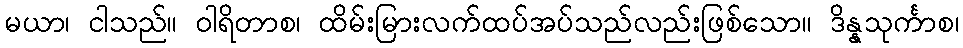
မယာ၊ ငါသည်။ ဝါရိတာစ၊ ထိမ်းမြားလက်ထပ်အပ်သည်လည်းဖြစ်သော။ ဒိန္နသုင်္ကာစ၊